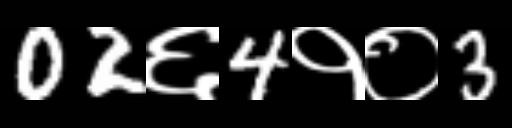
Text: 02६4१०3